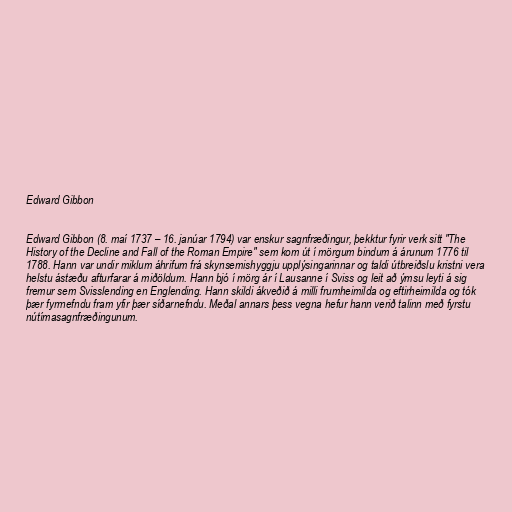
Edward Gibbon

Edward Gibbon (8. maí 1737 – 16. janúar 1794) var enskur sagnfræðingur, þekktur fyrir verk sitt "The
History of the Decline and Fall of the Roman Empire" sem kom út í mörgum bindum á árunum 1776 til
1788. Hann var undir miklum áhrifum frá skynsemishyggju upplýsingarinnar og taldi útbreiðslu kristni vera
helstu ástæðu afturfarar á miðöldum. Hann bjó í mörg ár í Lausanne í Sviss og leit að ýmsu leyti á sig
fremur sem Svisslending en Englending. Hann skildi ákveðið á milli frumheimilda og eftirheimilda og tók
þær fyrrnefndu fram yfir þær síðarnefndu. Meðal annars þess vegna hefur hann verið talinn með fyrstu
nútímasagnfræðingunum.